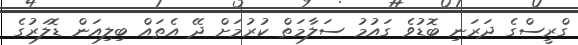
ގްރީސްގެ ދަރަނި ބޮޑުވެ ގައުމު ސަލާމަތް ކުރުމަށް ދޭ އެތައް ބިލިއަން ޑޮލަރުގެ